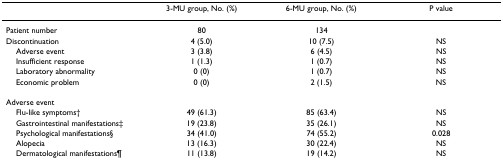
<table><thead><tr><td></td><td><b>3-MU group, No. (%)</b></td><td><b>6-MU group, No. (%)</b></td><td><b>P value</b></td></tr></thead><tbody><tr><td>Patient number</td><td>80</td><td>134</td><td></td></tr><tr><td>Discontinuation</td><td>4 (5.0)</td><td>10 (7.5)</td><td>NS</td></tr><tr><td> Adverse event</td><td>3 (3.8)</td><td>6 (4.5)</td><td>NS</td></tr><tr><td> Insufficient response</td><td>1 (1.3)</td><td>1 (0.7)</td><td>NS</td></tr><tr><td> Laboratory abnormality</td><td>0 (0)</td><td>1 (0.7)</td><td>NS</td></tr><tr><td> Economic problem</td><td>0 (0)</td><td>2 (1.5)</td><td>NS</td></tr><tr><td>Adverse event</td><td></td><td></td><td></td></tr><tr><td> Flu-like symptoms†</td><td>49 (61.3)</td><td>85 (63.4)</td><td>NS</td></tr><tr><td> Gastrointestinal manifestations‡</td><td>19 (23.8)</td><td>35 (26.1)</td><td>NS</td></tr><tr><td> Psychological manifestations§</td><td>34 (41.0)</td><td>74 (55.2)</td><td>0.028</td></tr><tr><td> Alopecia</td><td>13 (16.3)</td><td>30 (22.4)</td><td>NS</td></tr><tr><td> Dermatological manifestations¶</td><td>11 (13.8)</td><td>19 (14.2)</td><td>NS</td></tr></tbody></table>